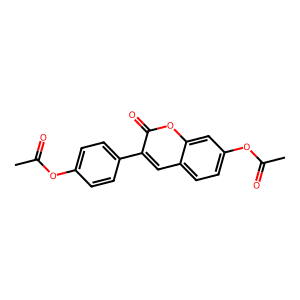
SMILES: CC(=O)Oc1ccc(-c2cc3ccc(OC(C)=O)cc3oc2=O)cc1
Inhibits HIV replication: No